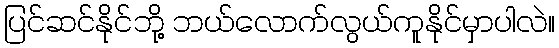
ပြင်ဆင်နိုင်ဘို့ ဘယ်လောက်လွယ်ကူနိုင်မှာပါလဲ။